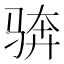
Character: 𩧼